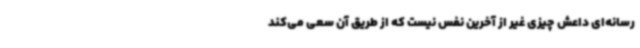
رسانه‌ای داعش چیزی غیر از آخرین نفس نیست که از طریق آن سعی می‌کند